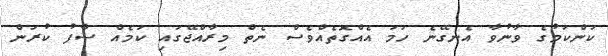
ކަންކަމުގެ ވާނުވާ އެނގޭނެ ހަމަ އެއްގޮތެއްވެސް ނެތް މިރާއްޖޭގައި ކަމެއް ސާފު ކުރަން